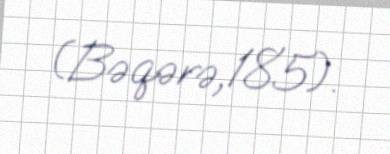
(Bəqərə,185).